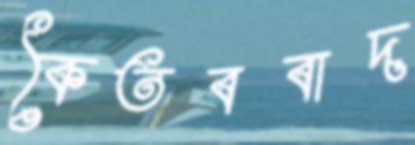
কৈতববাদ